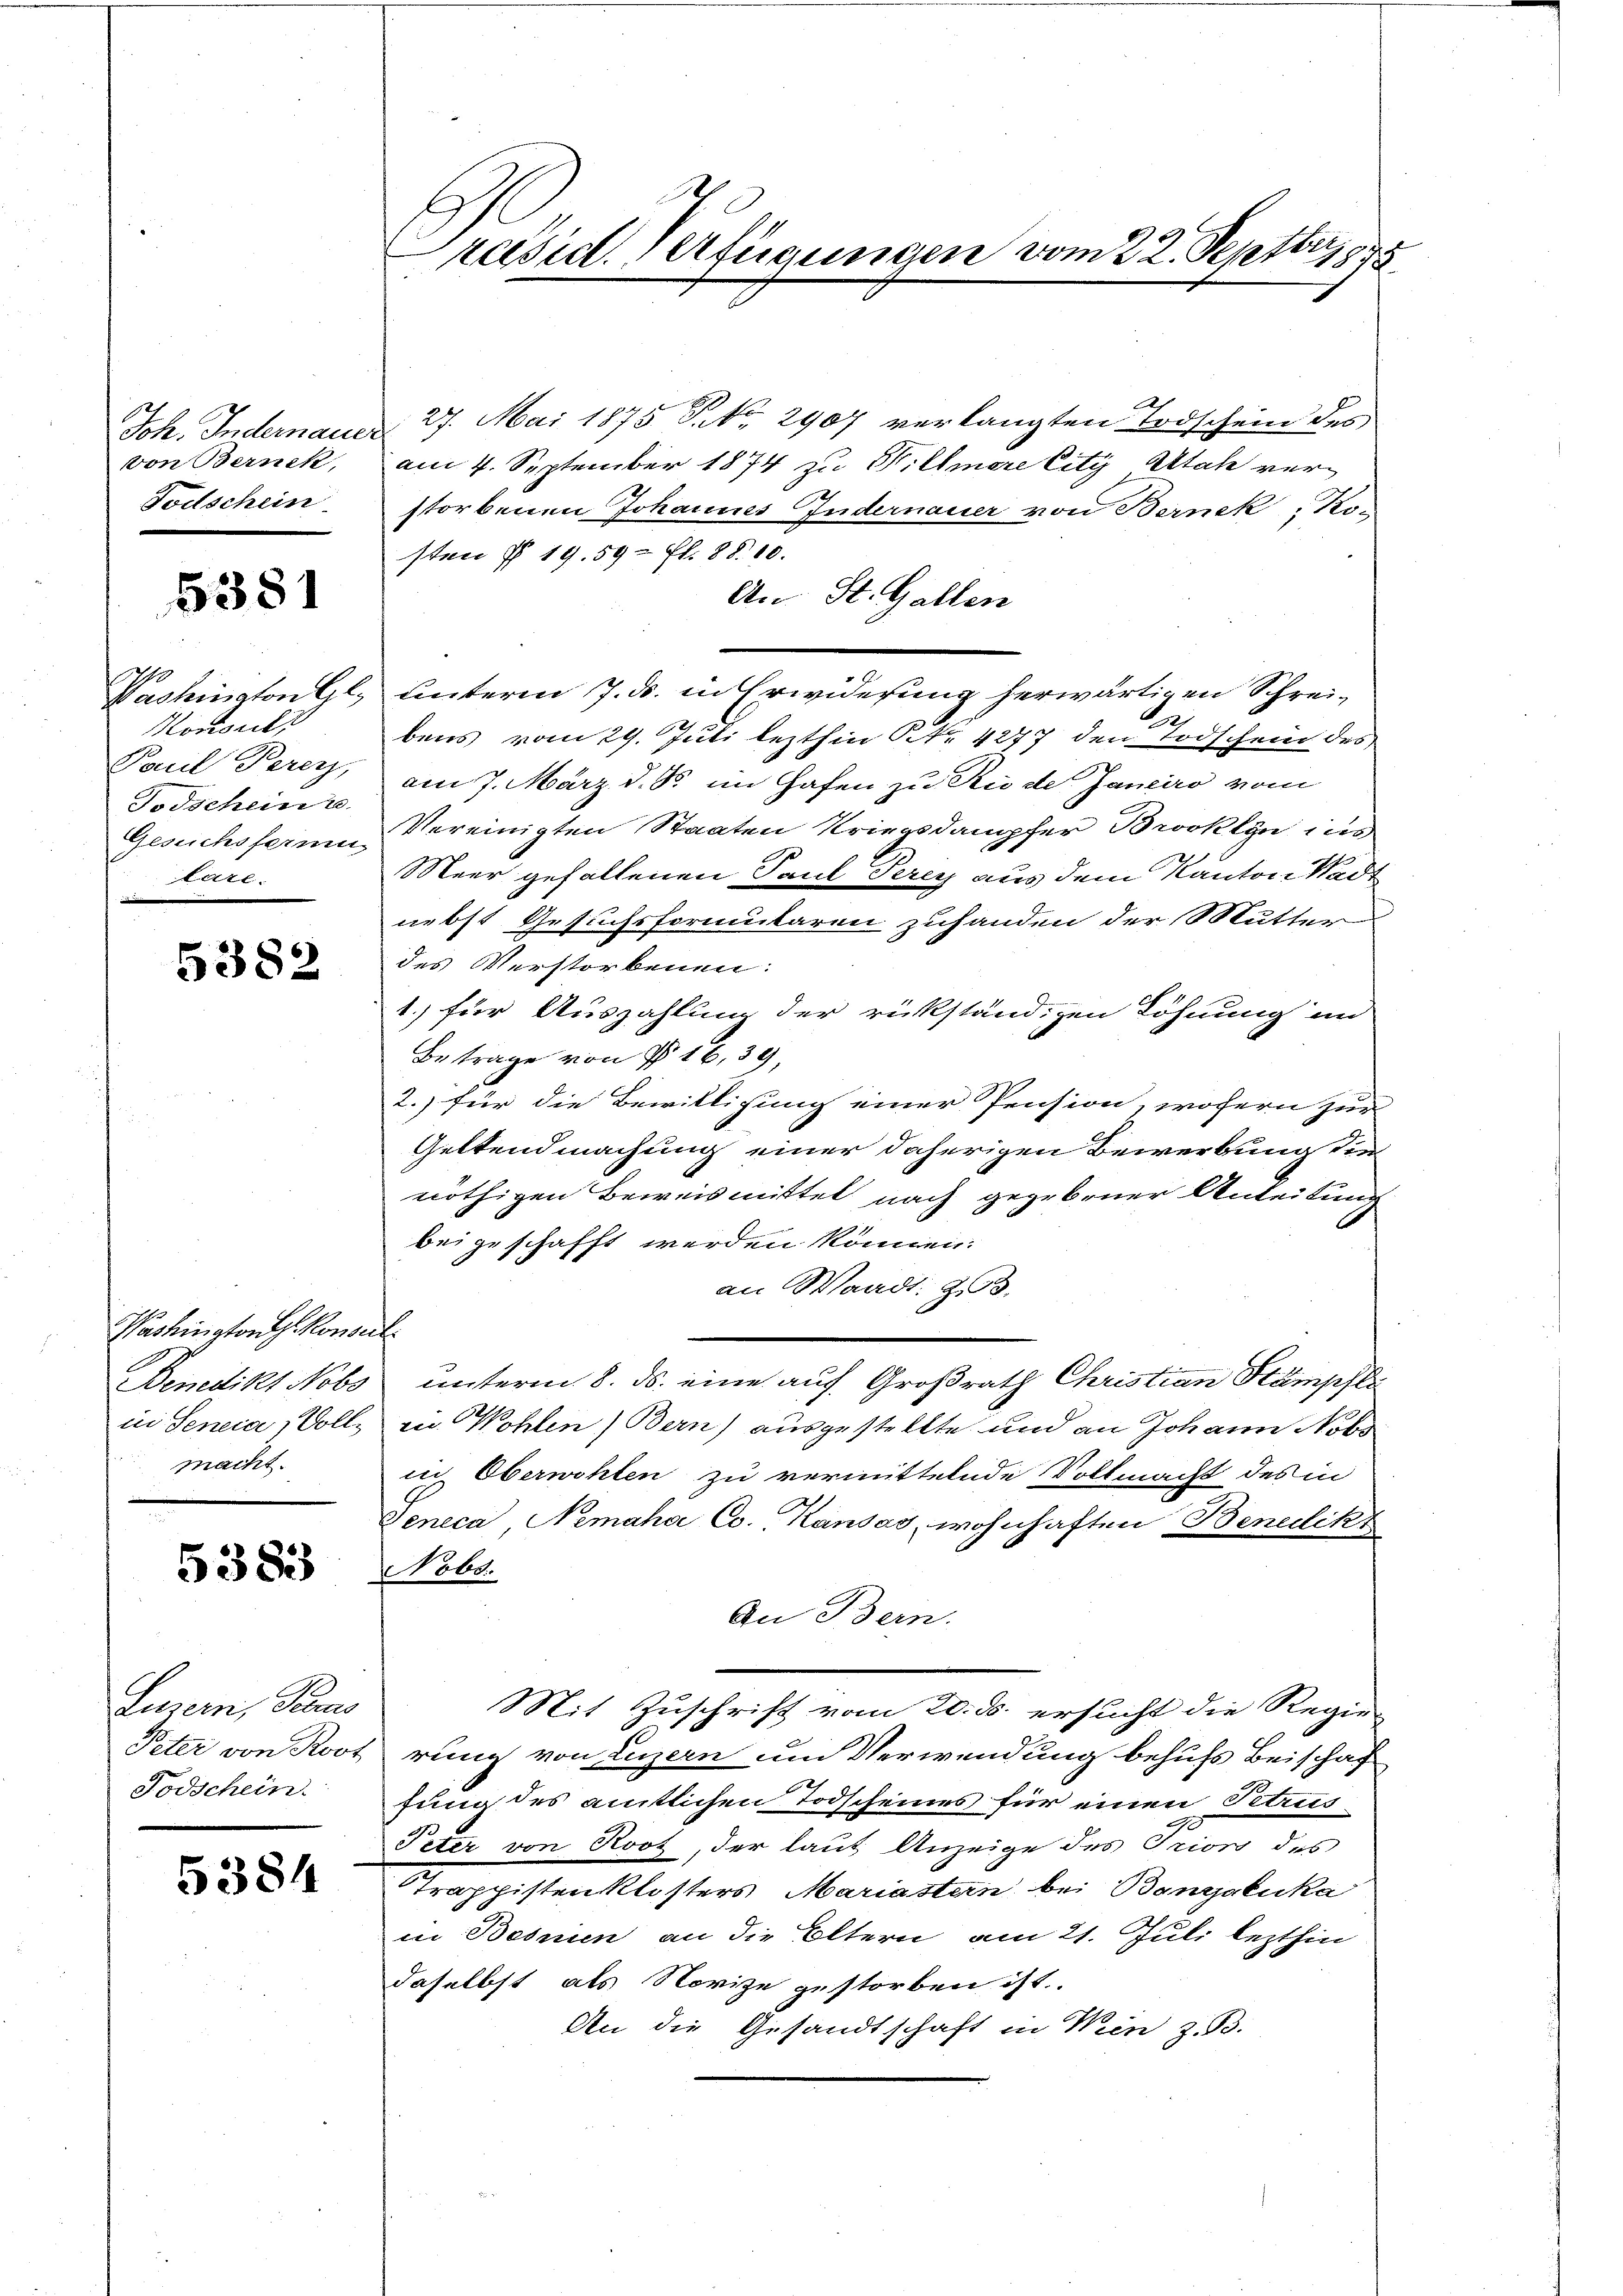
von Bernek,
Todschein

5381

Komouli
Pouil Perey,
Todschein u.
are.

5382

Washington Konseil
macht.

383

Luzern, Paus
Todschein

5384

resid. Verfügungen vom 22. Septbr. 1878

Joh. Indernauer 27. Mai 1875 P. Nr. 2907 verlangten Todschein des
am 4. September 1874 zu Hillmere City Utah verstorbenen Johannes Indernauer von Bernek, Kosten § 19. 59 ff. 88. 10.
An St. Gallen
Washington Gl. Unterm 7. ds. in Erwiderung herwärtigen Schrei¬
.
bens vom 29. Juli lezthin Nr. 4277 den Todschein des
am 7. März d. d. im Hafen zu Rio de Janeiro vom
Gesuchsfernen Vereinigten Staaten Kriegsdampfer Brooklyn ins
Meer gefallenen Paul Perey aus dem Kanton Stadt
nebst Gesuchsformularen zuhanden der Mutter
des Verstorbenen:
1.) für Auszahlung der rükständigen Löhnung im
Betrage von § 16, 39,
2.) für die Bewilligung einer Pension, wofern zur
Geltendmachung einer daherigen Bewerbung die
nöthigen Beweismittel nach gegebener Anteilung
bei geschafft werden können.
an Waadt: z.B.
Benedikt Nobs unterm 8. ds. eine auf Großrath Christian Stämpfli
in Seneca, Volle in Wohlen) Bern) ausgestellte und an Johann Nobo
sich Oberwohlen zu vermittelnde Vollmacht des in
Seneca, Nemaha Co. Kansas, wohnhaften Benelikt
Nobs.
An Bern.
Mit Zuschrift vom 20. ds. ersucht die Regie-
Peter von Root rung von Luzern um Verwendung behufs Beischaf
fung des amtlichen Todscheines für einen Petrus
Peter von Roos, der laut Anzeige des Priors des
Trappistenklosters Mariastern bei Banjaluka
in Besnien an die Eltern am 21. Juli lezthin
daselbst als Novize gestorben ist.
An die Gesandtschaft in Wien z. B.